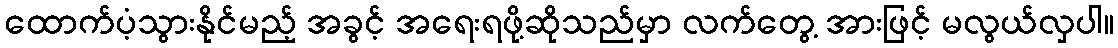
ထောက်ပံ့သွားနိုင်မည့် အခွင့် အရေးရဖို့ဆိုသည်မှာ လက်တွေ့ အားဖြင့် မလွယ်လှပါ။